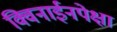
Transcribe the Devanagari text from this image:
क्विनाईनपेक्षा